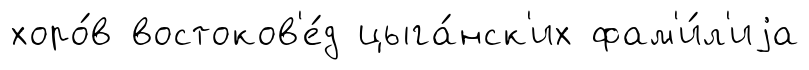
хоро́в востоков'е́д цыга́нск'их фам'и́л'иjа